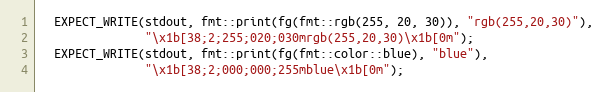
Language: C++
  EXPECT_WRITE(stdout, fmt::print(fg(fmt::rgb(255, 20, 30)), "rgb(255,20,30)"),
               "\x1b[38;2;255;020;030mrgb(255,20,30)\x1b[0m");
  EXPECT_WRITE(stdout, fmt::print(fg(fmt::color::blue), "blue"),
               "\x1b[38;2;000;000;255mblue\x1b[0m");